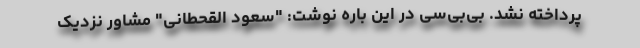
پرداخته نشد. بی‌بی‌سی در این باره نوشت: "سعود القحطانی" مشاور نزدیک